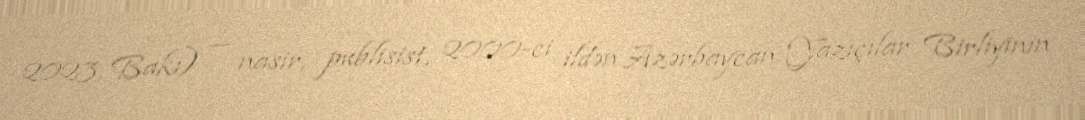
2023, Bakı) — nasir, publisist, 2000-ci ildən Azərbaycan Yazıçılar Birliyinin